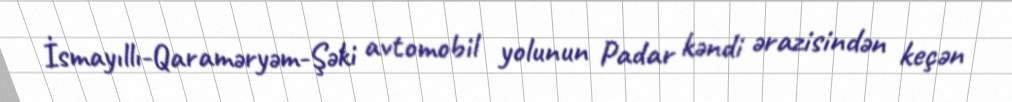
İsmayıllı-Qaraməryəm-Şəki avtomobil yolunun Padar kəndi ərazisindən keçən